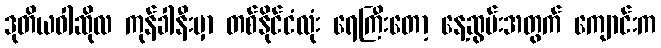
ဒုတိယဝါဆိုလ ကုန်ခါနီးမှာ တစ်နိုင်ငံလုံး ရေကြီးတော့ နေ့ဆွမ်းအတွက် ကျောင်းက